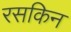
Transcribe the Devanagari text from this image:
रसकिन